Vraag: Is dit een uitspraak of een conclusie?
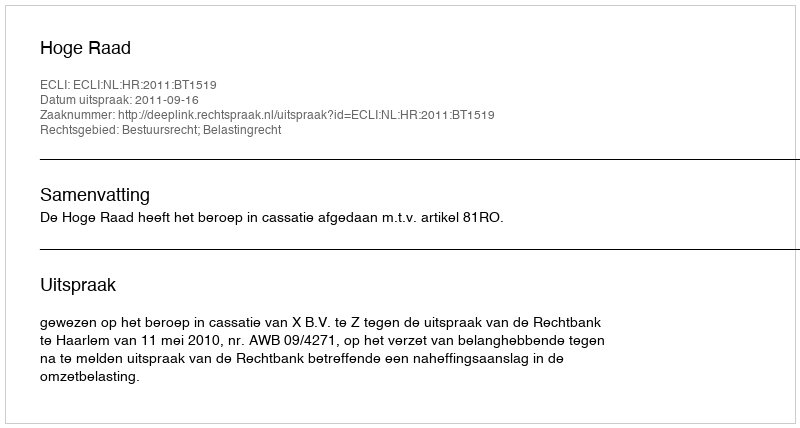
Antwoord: Uitspraak